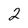
Character: 2